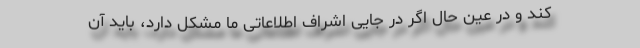
کند و در عین حال اگر در جایی اشراف اطلاعاتی ما مشکل دارد، باید آن